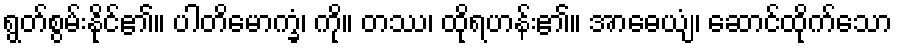
ရွတ်စွမ်းနိုင်၏။ ပါတိမောက္ခံ၊ ကို။ တဿ၊ ထိုရဟန်း၏။ အာဓေယျံ၊ ဆောင်ထိုက်သော